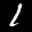
Label: 1